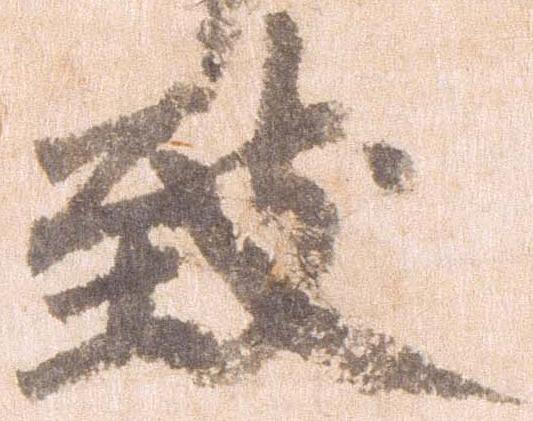
致